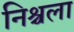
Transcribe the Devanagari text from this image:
निश्चला